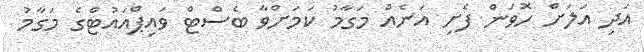
އަދި އަލަށް ހޮވަން ފެށި އަނެއް މަގާމު ކަމަށްވާ ބެސްޓް ވައިޕްއައުޓްގެ މަގާމު